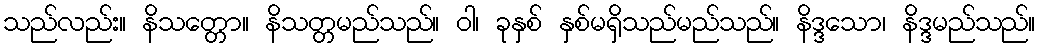
သည်လည်း။ နိသတ္တော။ နိသတ္တမည်သည်။ ဝါ၊ ခုနှစ် နှစ်မရှိသည်မည်သည်။ နိဒ္ဒသော၊ နိဒ္ဒမည်သည်။